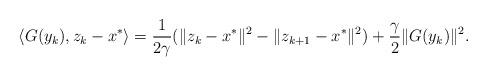
LaTeX: \begin{align*}\langle G(y_k),z_k-x^*\rangle=\frac{1}{2\gamma}(\|z_k-x^*\|^2-\|z_{k+1}-x^*\|^2)+ \frac{\gamma}{2}\|G(y_k)\|^2.\end{align*}